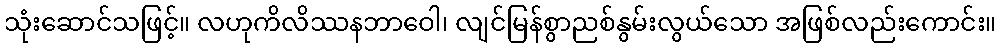
သုံးဆောင်သဖြင့်။ လဟုကိလိဿနဘာဝေါ၊ လျင်မြန်စွာညစ်နွမ်းလွယ်သော အဖြစ်လည်းကောင်း။